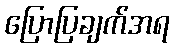
ပြောပြချက်အရ